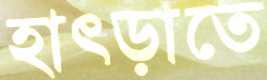
হাৎড়াতে